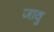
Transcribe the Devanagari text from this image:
जावु